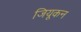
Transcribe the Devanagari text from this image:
जियूकन